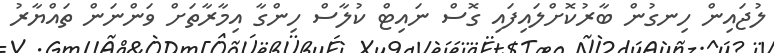
ލުޖައިން ހިނގުން ބާރުކޮށްލައިފައި ގޮސް ނައިޓް ކުލާސް ހިންގާ އިމާރާތަށް ވަންނަން ތައްޔާރު